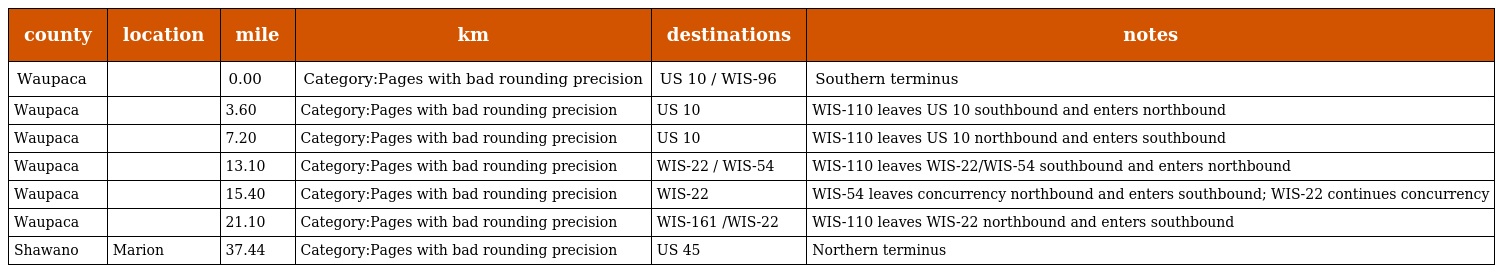
| county | location | mile | km | destinations | notes |
 | --- | --- | --- | --- | --- | --- |
 | Waupaca |  | 0.00 | Category:Pages with bad rounding precision | US 10 / WIS-96 | Southern terminus |
 | Waupaca |  | 3.60 | Category:Pages with bad rounding precision | US 10 | WIS-110 leaves US 10 southbound and enters northbound |
 | Waupaca |  | 7.20 | Category:Pages with bad rounding precision | US 10 | WIS-110 leaves US 10 northbound and enters southbound |
 | Waupaca |  | 13.10 | Category:Pages with bad rounding precision | WIS-22 / WIS-54 | WIS-110 leaves WIS-22/WIS-54 southbound and enters northbound |
 | Waupaca |  | 15.40 | Category:Pages with bad rounding precision | WIS-22 | WIS-54 leaves concurrency northbound and enters southbound; WIS-22 continues concurrency |
 | Waupaca |  | 21.10 | Category:Pages with bad rounding precision | WIS-161 /WIS-22 | WIS-110 leaves WIS-22 northbound and enters southbound |
 | Shawano | Marion | 37.44 | Category:Pages with bad rounding precision | US 45 | Northern terminus |